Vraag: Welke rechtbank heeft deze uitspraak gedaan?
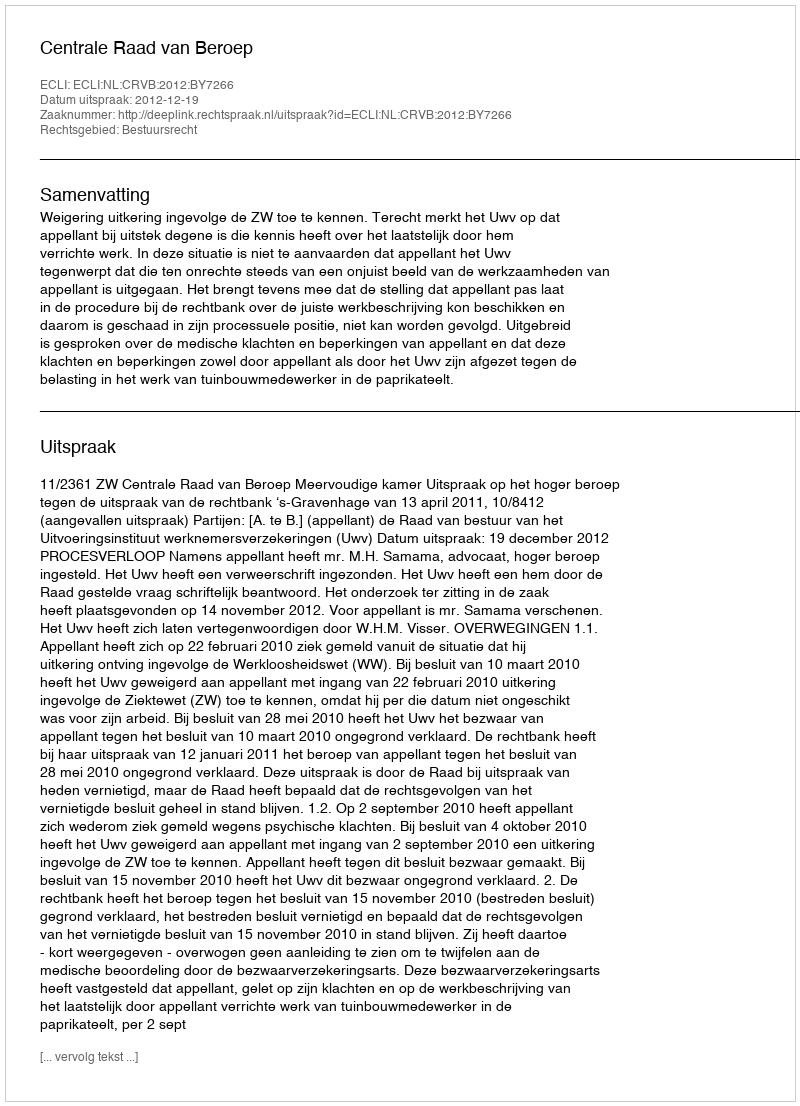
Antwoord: Centrale Raad van Beroep